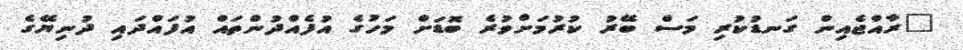
"ރާއްޖެއިން ގަނޑުކުރި މަސް ބޭރު ކުރުމަށްވުރެ ބޮޑަށް މަހުގެ އުފެއްދުންތައް އުފައްދައި ދުނިޔޭގެ